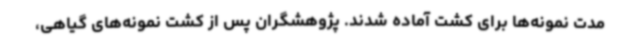
مدت نمونه‌ها برای کشت آماده شدند. پژوهشگران پس از کشت نمونه‌های گیاهی،